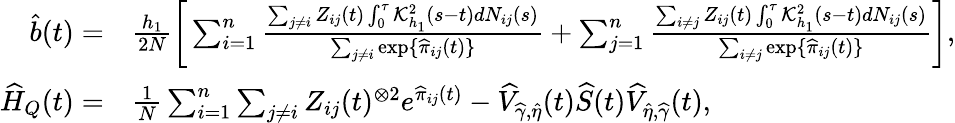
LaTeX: \begin{array}{rl}{\widehat b(t)=}&{\frac{h_{1}}{2N}\bigg[\sum_{i=1}^{n}\frac{\sum_{j\neq i}Z_{ij}(t)\int_{0}^{\tau}\mathcal{K}_{h_{1}}^{2}(s-t)dN_{ij}(s)}{\sum_{j\neq i}\exp\{ \widehat\pi_{ij}(t)\} }+\sum_{j=1}^{n}\frac{\sum_{i\neq j}Z_{ij}(t)\int_{0}^{\tau}\mathcal{K}_{h_{1}}^{2}(s-t)dN_{ij}(s)}{\sum_{i\neq j}\exp\{ \widehat\pi_{ij}(t)\} }\bigg],}\\ {\widehat H_{Q}(t)=}&{\frac{1}{N}\sum_{i=1}^{n}\sum_{j\neq i}Z_{ij}(t)^{\otimes 2}e^{\widehat\pi_{ij}(t)}-\widehat V_{\widehat\gamma,\widehat\eta}(t)\widehat S(t)\widehat V_{\widehat\eta,\widehat\gamma}(t),}\end{array}